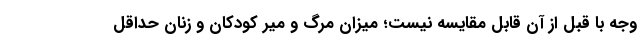
وجه با قبل از آن قابل مقایسه نیست؛ میزان مرگ و میر کودکان و زنان حداقل